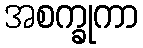
အစက္ခုကာ